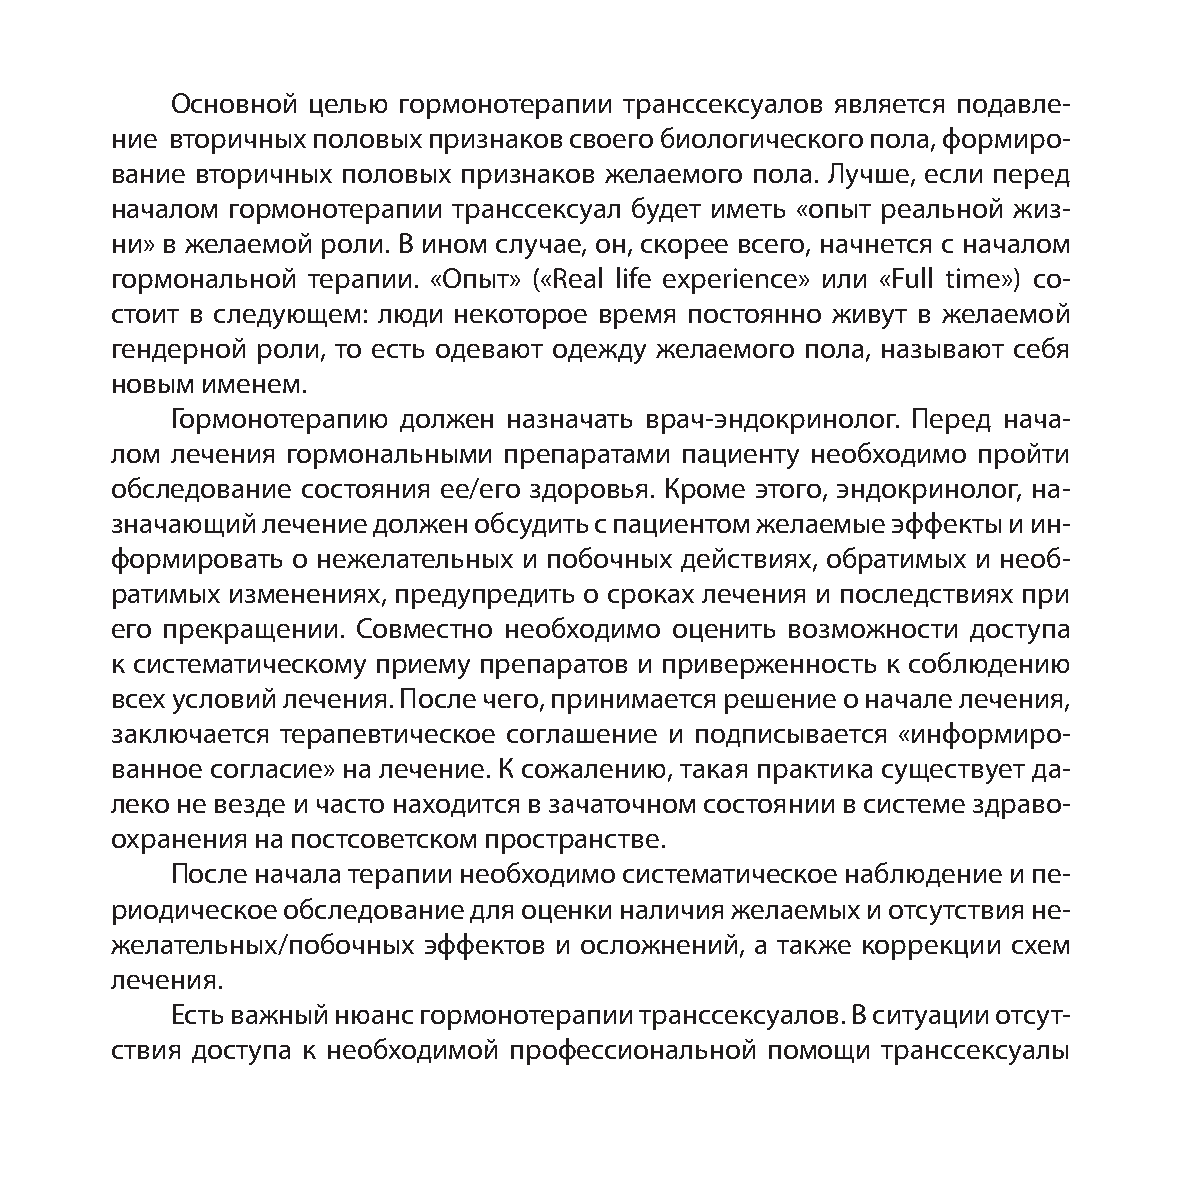
Основной целью гормонотерапии транссексуалов является подавле-
 ние вторичных половых признаков своего биологического пола, формиро-
 вание вторичных половых признаков желаемого пола. Лучше, если перед
 началом гормонотерапии транссексуал будет иметь «опыт реальной жиз-
 ни» в желаемой роли. В ином случае, он, скорее всего, начнется с началом
 гормональной терапии. «Опыт» («Real life experience» или «Full time») со-
 стоит в следующем: люди некоторое время постоянно живут в желаемой
 гендерной роли, то есть одевают одежду желаемого пола, называют себя
 новым именем.
 Гормонотерапию должен  назначать врач-эндокринолог. Перед нача-
 лом лечения гормональными препаратами пациенту необходимо пройти
 обследование состояния ее/его здоровья. Кроме этого, эндокринолог, на-
 значающий лечение должен обсудить с пациентом желаемые эффекты и ин-
 формировать о нежелательных и побочных действиях, обратимых и необ-
 ратимых изменениях, предупредить о сроках лечения и последствиях при
 его прекращении. Совместно необходимо оценить возможности доступа
 к систематическому приему препаратов и приверженность к соблюдению
 всех условий лечения. После чего, принимается решение о начале лечения,
 заключается терапевтическое соглашение и подписывается «информиро-
 ванное согласие» на лечение. К сожалению, такая практика существует да-
 леко не везде и часто находится в зачаточном состоянии в системе здраво-
 охранения на постсоветском пространстве.
 После начала терапии необходимо систематическое наблюдение и пе-
 риодическое обследование для оценки наличия желаемых и отсутствия не-
 желательных/побочных эффектов и осложнений, а также коррекции схем
 лечения.
 Есть важный нюанс гормонотерапии транссексуалов. В ситуации отсут-
 ствия доступа к необходимой профессиональной помощи транссексуалы